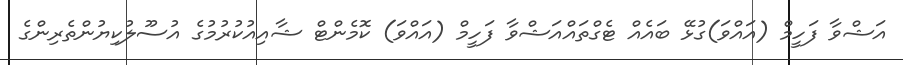
އަޝްވާ ފަހީމް (އައްވަ)ގުޅޭ ބައެއް ޓެގްތައްއަޝްވާ ފަހީމް (އައްވަ) ކޮމެންޓް ޝާއިއުކުރުމުގެ އުސޫލުކިޔުންތެރިންގެ